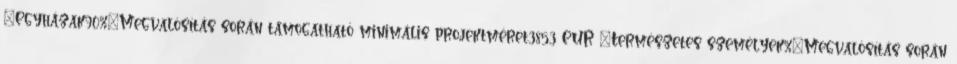
▪Egyházak90%▪Megvalósítás során támogatható minimális projektméret3853 EUR ▪Természetes személyek%▪Megvalósítás során